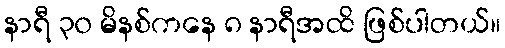
နာရီ ၃၀ မိနစ်ကနေ ၈ နာရီအထိ ဖြစ်ပါတယ်။